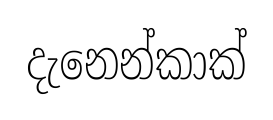
දැනෙන්කාක්